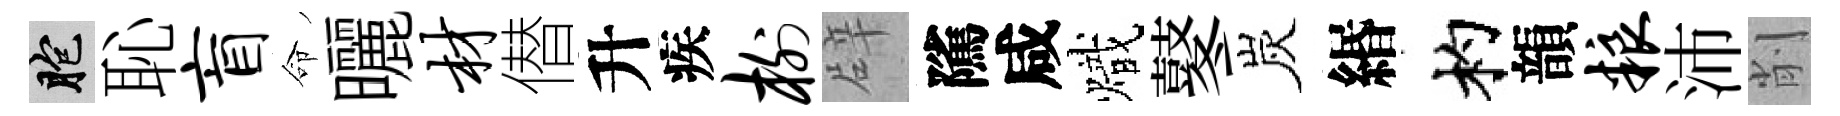
胞恥盲命曬材僣升疾榭辟隲咸熾鼕炭緡杓韻粮沛削